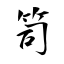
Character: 笥